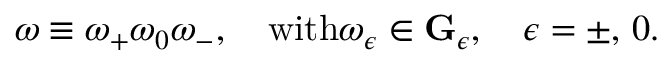
\omega \equiv \omega _ { + } \omega _ { 0 } \omega _ { - } , \quad \mathrm { w i t h } \omega _ { \epsilon } \in { \bf G } _ { \epsilon } , \quad \epsilon = \pm , \, 0 .